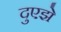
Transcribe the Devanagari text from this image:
दुएझे